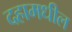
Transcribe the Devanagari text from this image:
दहामधील